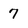
Character: 7